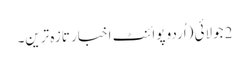
2 جولائی (اُردو پوائنٹ اخبار تازہ ترین۔